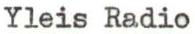
Yleis Radio